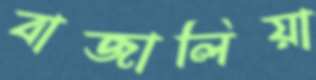
বাজালিয়া